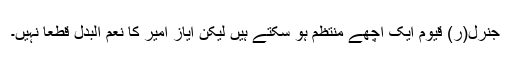
جنرل(ر) قیوم ایک اچھے منتظم ہو سکتے ہیں لیکن ایاز امیر کا نعم البدل قطعا نہیں۔